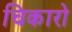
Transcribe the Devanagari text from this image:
चिकारो